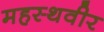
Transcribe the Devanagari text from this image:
महस्थवीर